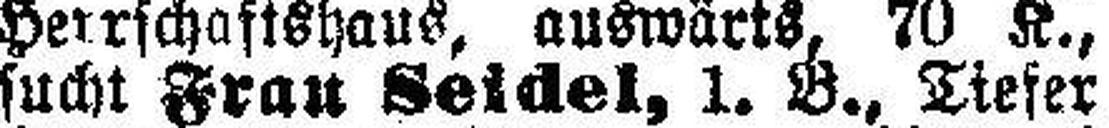
sucht Frau Seidel, 1. B., Tiefer